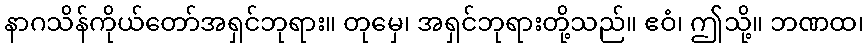
နာဂသိန်ကိုယ်တော်အရှင်ဘုရား။ တုမှေ၊ အရှင်ဘုရားတို့သည်။ ဧဝံ၊ ဤသို့။ ဘဏထ၊